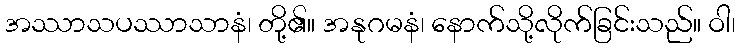
အဿာသပဿာသာနံ၊ တို့၏။ အနုဂမနံ၊ နောက်သို့လိုက်ခြင်းသည်။ ဝါ၊